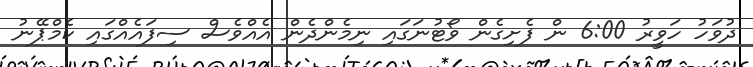
ދުވަހު ހަވީރު 6:00 ން ފެށިގެން ވޯޓުނަގައި ނިމެންދެން އެއްވެސް ސިފައެއްގައި ކެމްޕޭނު